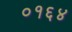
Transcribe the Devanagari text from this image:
०१६४